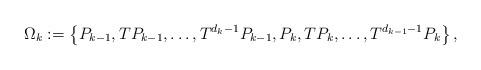
LaTeX: \begin{align*} \Omega_{k}:=\left\{ P_{k-1}, TP_{k-1},\ldots, T^{d_{k}-1}P_{k-1}, P_{k}, TP_{k},\ldots, T^{d_{k-1}-1}P_{k}\right\},\end{align*}